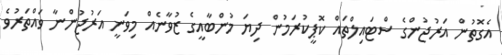
އެގޮތުން އަރުޖުންގެ ސްޓައިލްތައް ކޮޕީކުރަމުން ދިޔަ މުންބާއީގެ ޒުވާނެއް މިވަނީ އަރުޖުންނާ ވައްތަރުވެ